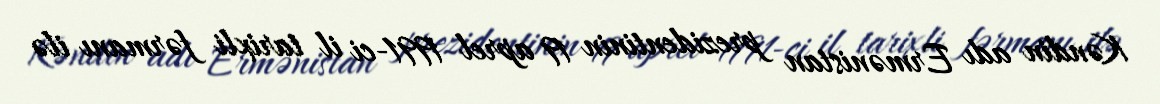
Kəndin adı Ermənistan prezidentinin 19 aprel 1991-ci il tarixli fərmanı ilə